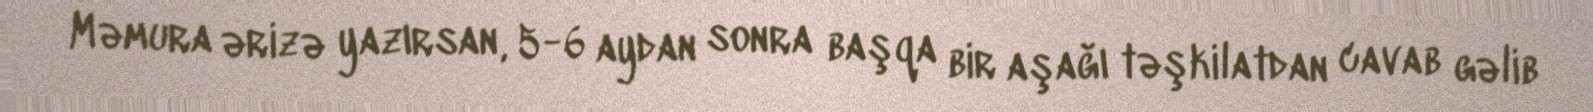
Məmura ərizə yazırsan, 5-6 aydan sonra başqa bir aşağı təşkilatdan cavab gəlib